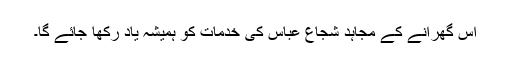
اس گھرانے کے مجاہد شجاع عباس کی خدمات کو ہمیشہ یاد رکھا جائے گا۔